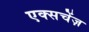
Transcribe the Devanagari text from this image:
एक्सचेंज़